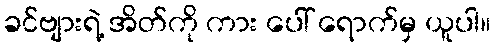
ခင်ဗျားရဲ့ အိတ်ကို ကား ပေါ် ရောက်မှ ယူပါ။